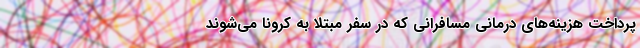
پرداخت هزینه‌های درمانی مسافرانی که در سفر مبتلا به کرونا می‌شوند